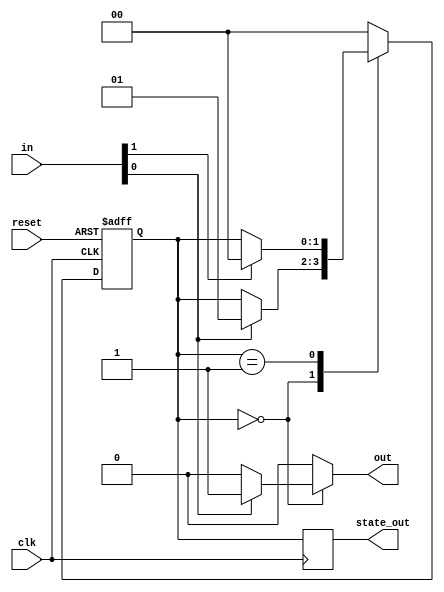
module MealyFSM #(parameter N = 2, parameter M = 2) (
    input wire clk,          // Clock input
    input wire reset,        // Active high reset
    input wire [M-1:0] in,   // Input signals
    output reg [N-1:0] state_out, // Current state output
    output reg out          // Output signal
);

// State encoding
localparam S0 = 2'b00; // State 0
localparam S1 = 2'b01; // State 1

// State register
reg [N-1:0] current_state, next_state;

// Sequential logic for state transition
always @(posedge clk or posedge reset) begin
    if (reset) begin
        current_state <= S0; // Initialize to state S0 on reset
    end else begin
        current_state <= next_state; // Update state on clock edge
    end
end

// Combinational logic for next state and output
always @(*) begin
    // Default assignments
    next_state = current_state; // Hold current state by default
    out = 1'b0; // Default output

    case (current_state)
        S0: begin
            if (in[0]) begin // Condition for transition from S0
                next_state = S1; // Transition to S1
                out = 1'b1; // Output based on input condition
            end
        end
        S1: begin
            if (in[1]) begin // Condition for transition from S1
                next_state = S0; // Transition back to S0
                out = 1'b0; // Output based on input condition
            end
        end
        default: begin
            next_state = S0; // Default to S0 for safety
            out = 1'b0; // Default output
        end
    endcase
end

// Output the current state
always @(posedge clk) begin
    state_out <= current_state; // Output the current state
end

endmodule